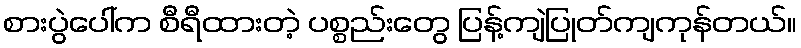
စားပွဲပေါ်က စီရီထားတဲ့ ပစ္စည်းတွေ ပြန့်ကျဲပြုတ်ကျကုန်တယ်။